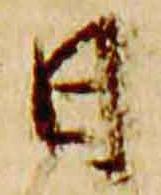
日